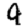
Digit: 9